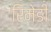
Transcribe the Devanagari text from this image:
रिमेडी